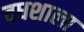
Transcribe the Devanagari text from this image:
वधशाला